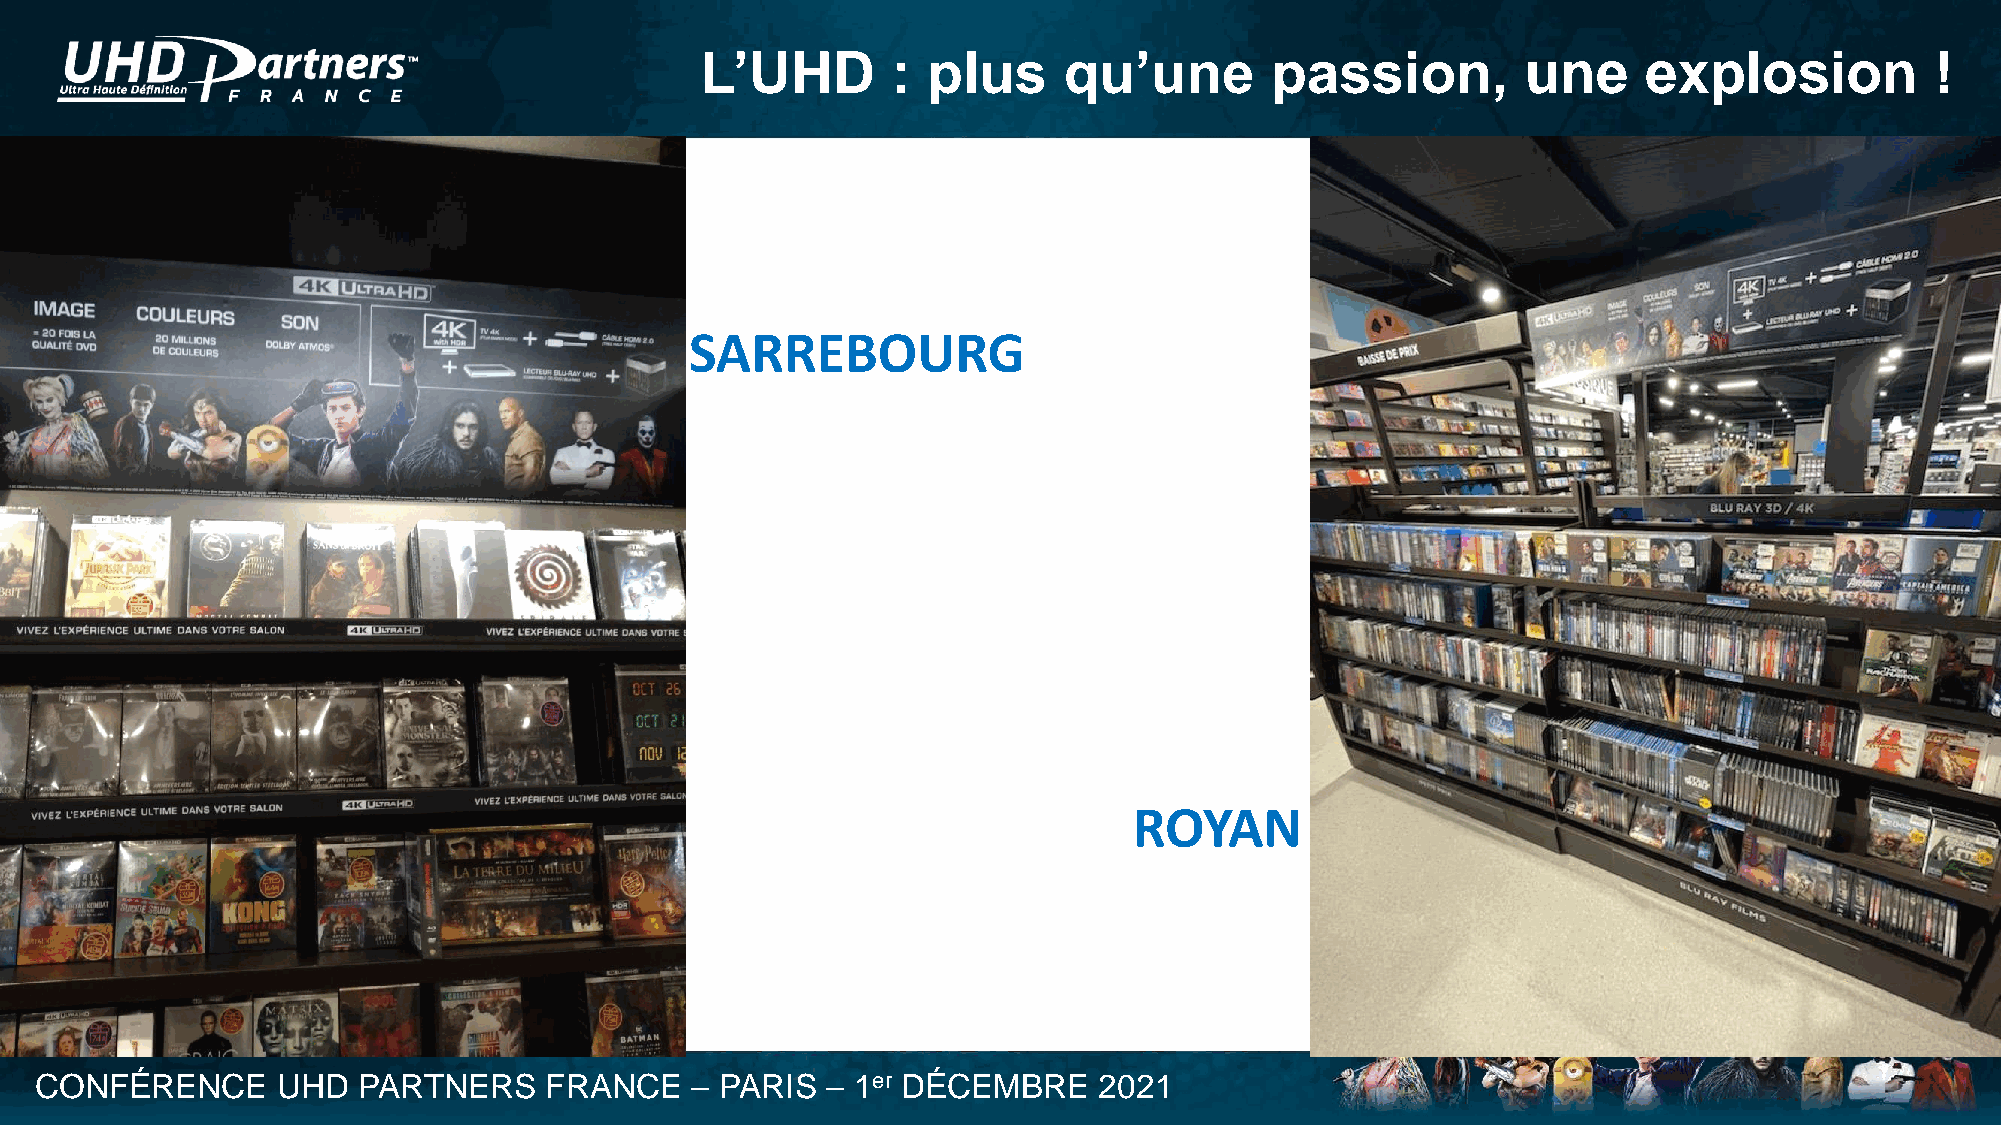
L’UHD        : plus     qu’une        passion,         une     explosion          !
 SARREBOURG
 ROYAN
 CONFÉRENCE      UHD   PARTNERS    FRANCE    – PARIS  – 1er DÉCEMBRE    2021